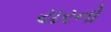
યરનો